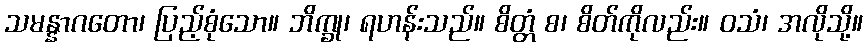
သမန္နာဂတော၊ ပြည့်စုံသော။ ဘိက္ခု၊ ရဟန်းသည်။ စိတ္တံ စ၊ စိတ်ကိုလည်း။ ဝသံ၊ အလိုသို့။